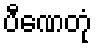
ပီဏေတုံ